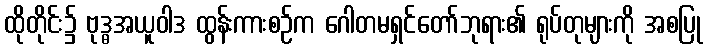
ထိုတိုင်း၌ ဗုဒ္ဓအယူဝါဒ ထွန်းကားစဉ်က ဂေါတမရှင်တော်ဘုရား၏ ရုပ်တုများကို အစပြု